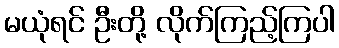
မယုံရင် ဦးတို့ လိုက်ကြည့်ကြပါ